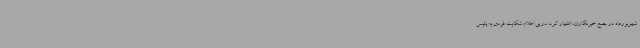
شهریورماه در جمع خبرنگاران، اظهار کرد: در پی اعلام شکایت فردی به پلیس